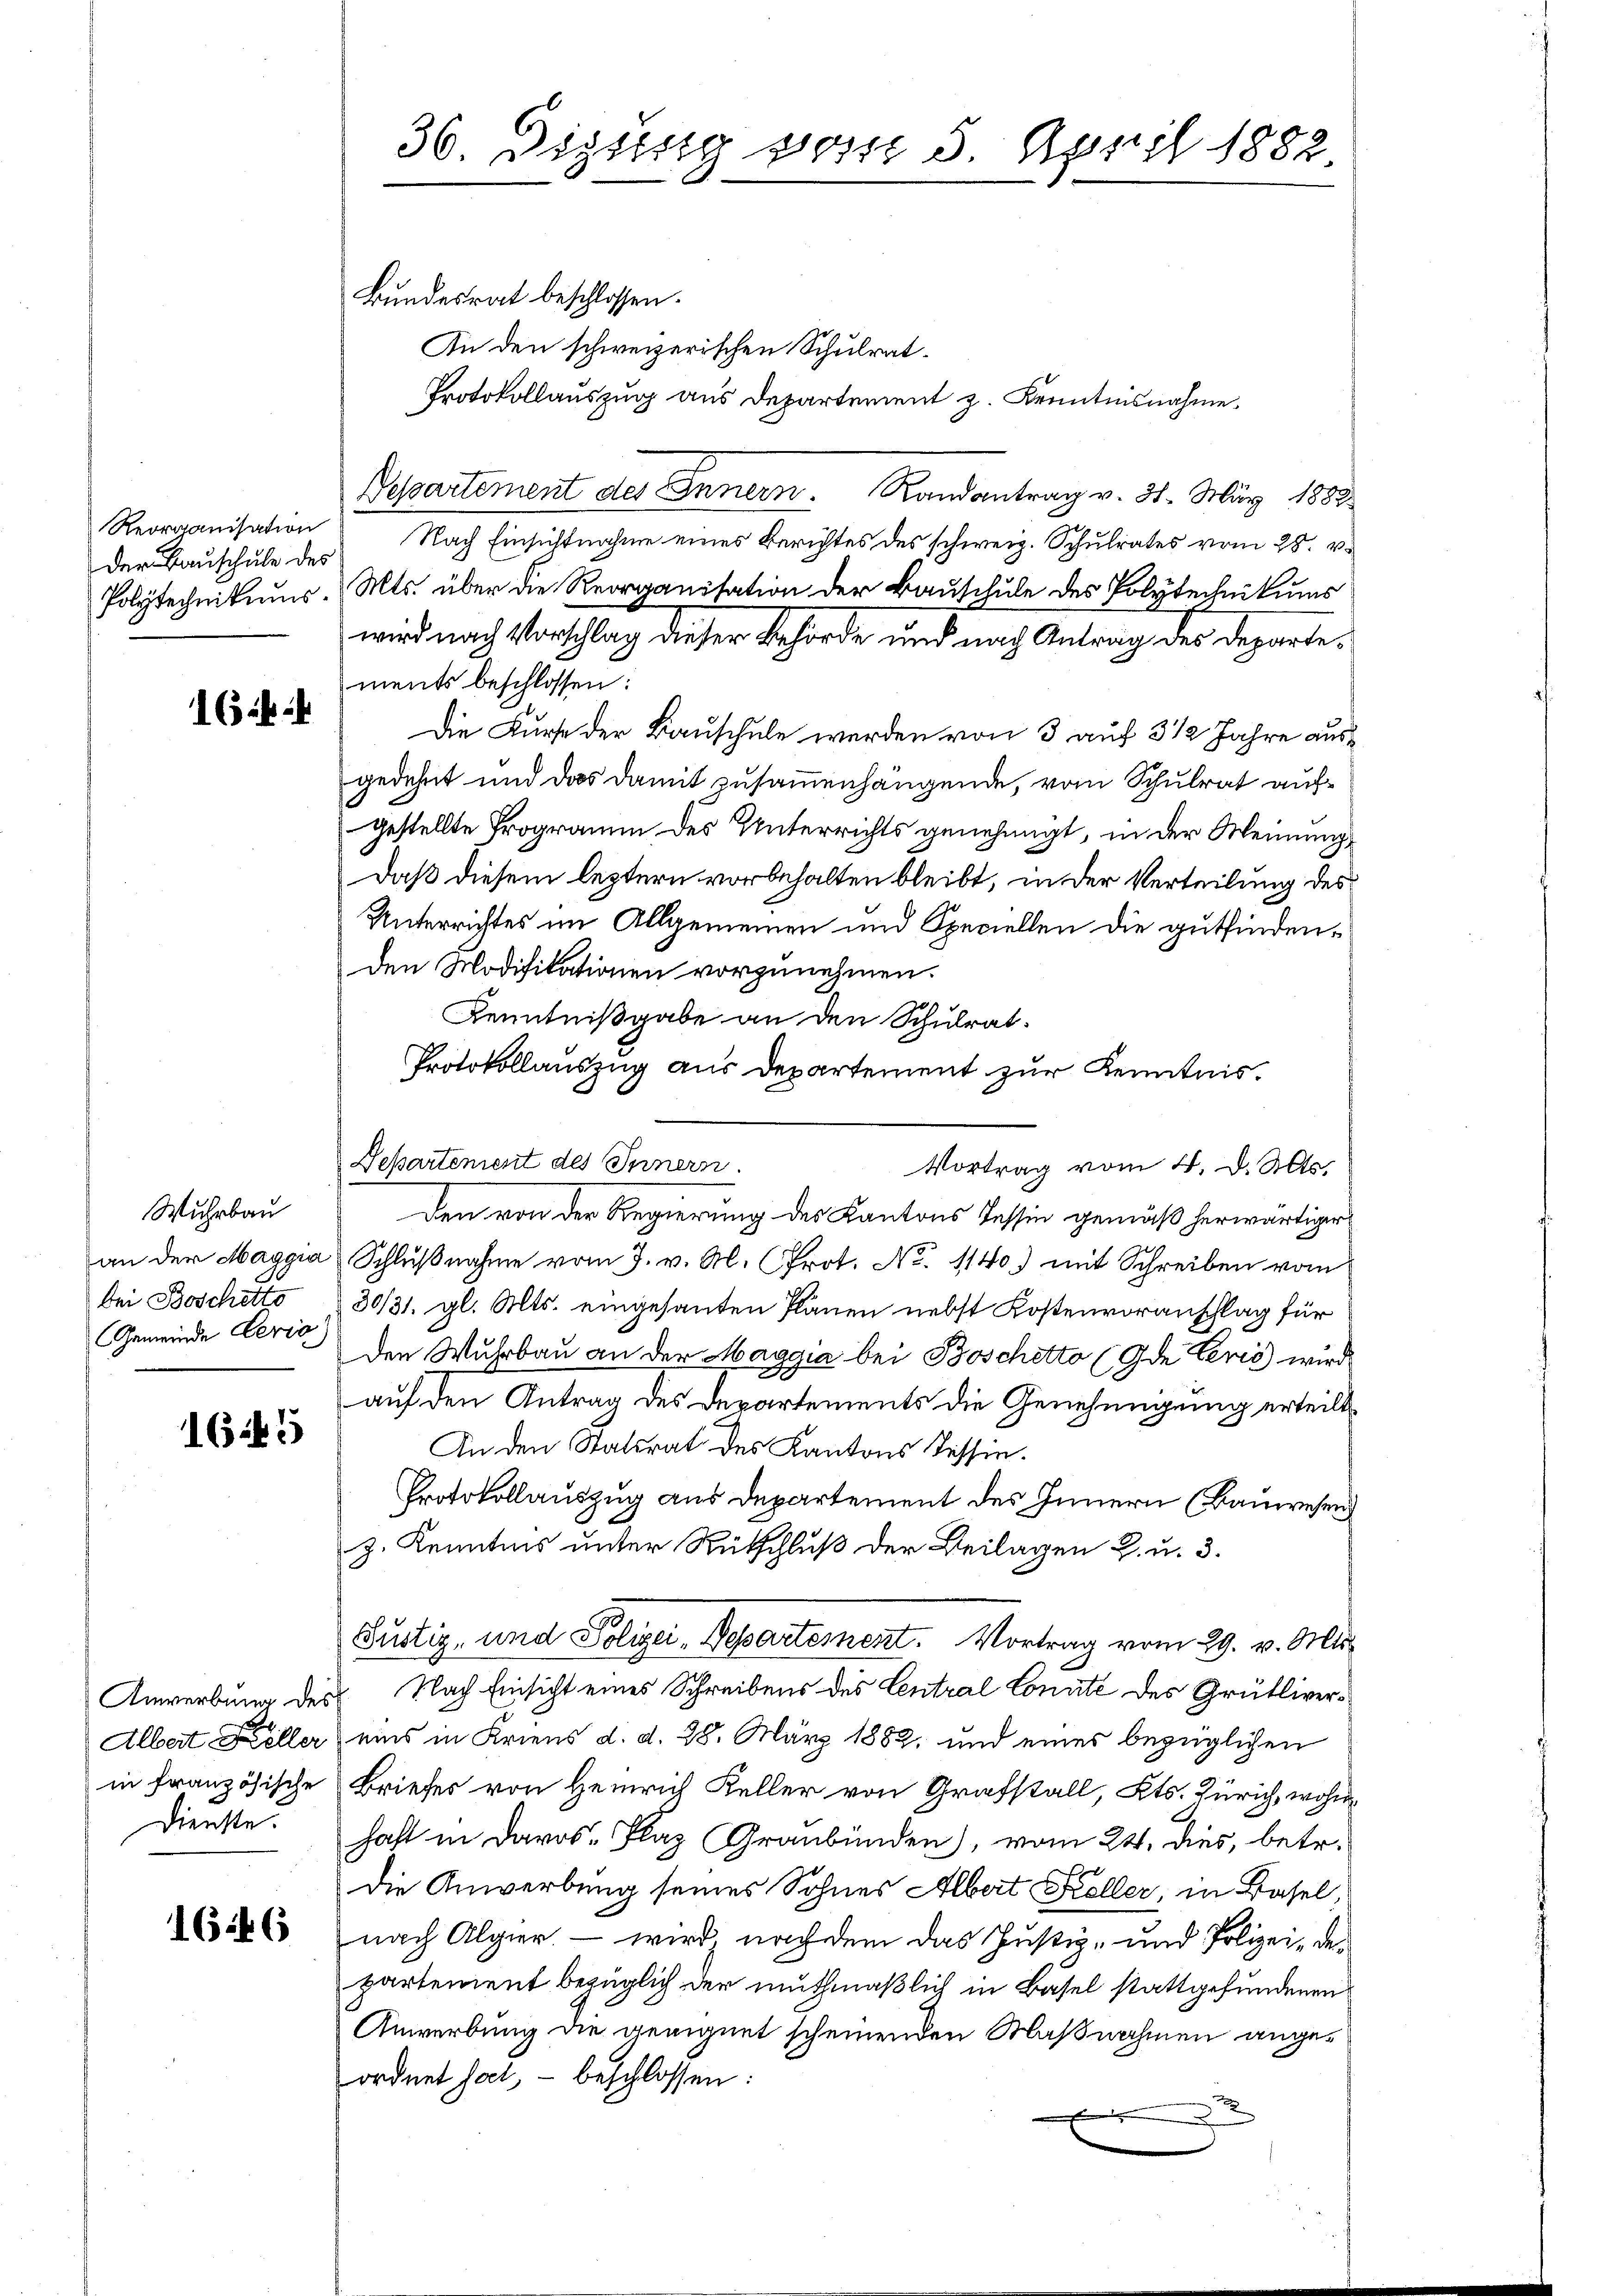
Reorganisation
der Bauschule des

16 k

Wuhrbau
bei Boschetto
Gemeinde Leria)

1645

in französische
Dienste

1646

Bundesrat beschlossen:

An den schweizerischen Schulrat¬
Protokollauszug aus Departement z. Kenntnisnahme
Departement des Innern. Randantrag v. 31. März 1882
Nach Einsichtnahme eines Berichtes des schweiz. Schulrates vom 28. v.
Polytechnitus. Mts. über die Reorganisation der Bauschule des Polytechnikums
wird nach Vorschlag dieser Behörde und nach Antrag des Departements beschlossen:
Die Kurse der Bauschule werden von 3 auf 3 1/2 Jahre ausgedehnt und das damit zusammenhängende, vom Schulrat aufgestellte Programm des Unterrichts genehmigt, in der Meinung
Daß diesem leztern vorbehalten bleibt, in der Verteilung des
Unterrichtes im Allgemeinen und Speciellen die gutfindenden Modifikationen vorzunehmen.
Kenntnißgabe an den Schulrat.
Protokollauszug aus Departement zur Kenntnis.
Departement des Innern.
Vortrag vom 4. d. Mts.
den von der Regierung des Kantons Tessin gemäß herwärtiger
an der Maggia Schlŭβnahme vom 7. v. M. Prot. No. 1140) mit Schreiben vom
30/31. gl. Mts. eingesanten Plänen nebst Kostenvoranschlag für
Den Wuhrbau an der Maggia bei Boschetto (Ide Perić wird
auf den Antrag des Departements die Genehmigung erteilt.
An den Statsrat des Kantons Tessin.
Protokollauszug aus Departement des Innern (Bauwesend
z. Kenntnis unter Rückschluß der Beilagen L. u. 3.
Bustiz- und Polizei-Departement. Vortrag vom 29. v. Mis¬
Anwerbung des Nach Einsicht eines Schreibens des Central Connte des Grütliver¬
Albert Keller eins in Kriens d. d. 28. März 1882, und eines bezüglichen
Briefes von Heinrich Keller von Grafstall, Kts. Zürich, wohn
haft in Davos- Plaz Graubünden), vom 24. dies, betr.
Die Anwerbung seines Sohnes Albert Koller, in Basel,
nach Algier, – wird nach dem das Justiz- und Polizei, de
partement bezüglich der muthmaßlich in Basel stattgefundenen
Anwerbung die geeignet scheinenden Maßnahmen angeordnet hat, – beschlossen:

36. Dizung vom 5. April 1882